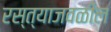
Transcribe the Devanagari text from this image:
रस्त्याजवळील